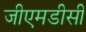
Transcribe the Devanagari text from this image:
जीएमडीसी